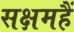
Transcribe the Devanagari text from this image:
सक्षमहैं